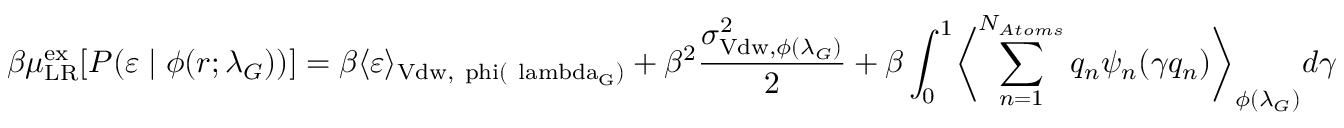
\beta \mu _ { \mathrm { L R } } ^ { \mathrm { { e x } } } [ P ( \varepsilon \; | \; \phi ( r ; \lambda _ { G } ) ) ] = \beta \langle \varepsilon \rangle _ { \mathrm { { V d w } , \ p h i ( \ l a m b d a _ { G } ) } } + \beta ^ { 2 } \frac { \sigma _ { \mathrm { V d w } , \phi ( \lambda _ { G } ) } ^ { 2 } } { 2 } + \beta \int _ { 0 } ^ { 1 } \biggl < \sum _ { n = 1 } ^ { N _ { A t o m s } } q _ { n } \psi _ { n } ( \gamma q _ { n } ) \biggr > _ { \phi ( \lambda _ { G } ) } d \gamma